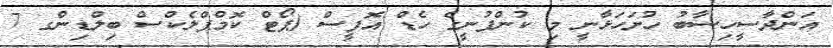
އަންދާސީހިސާބު ހުށަހަޅާނީ މި ކުންފުނީގެ ހެޑް އޮފީސް (ޕޯޓް ކޮމްޕްލެކްސް ބިލްޑިންގ 7